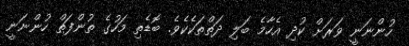
ހުންނަނީ ވަރަށް ކުދި އެހާމެ ބަލި ދަތްތަކެކެވެ. ބޮޑެތި މަހުގެ ތުންފަތް ހުންނަނީ